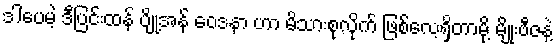
ဒါပေမဲ့ ဒီပြင်းထန် ပျို့အန် ဝေဒနာ ဟာ မိသားစုလိုက် ဖြစ်လေ့ရှိတာမို့ မျိုးဗီဇနဲ့